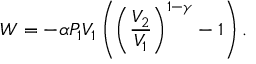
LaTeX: W = - \alpha P _ { 1 } V _ { 1 } \left( \left( { \frac { V _ { 2 } } { V _ { 1 } } } \right) ^ { 1 - \gamma } - 1 \right) .